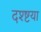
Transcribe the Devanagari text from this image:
दश्ष्टया